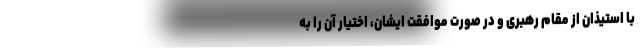
با استیذان از مقام رهبری و در صورت موافقت ایشان، اختیار آن را به